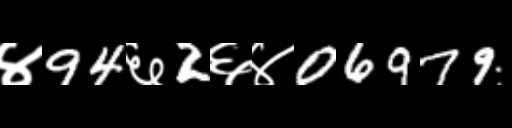
Text: ४94६2६४06979